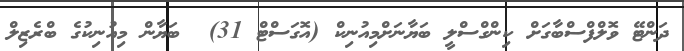
ދަންޓޭ ވޮލްފްސްބާގަށް ކިންގްސްލީ ބަޔާނަށްމިއުނިކް (އޮގަސްޓް 31)  ބަޔާން މިއުނިކުގެ ބްރެޒިލް